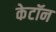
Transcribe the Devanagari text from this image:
केटॉन